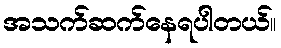
အသက်ဆက်နေရပါတယ်။